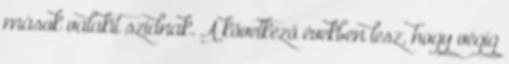
mások valakit szidnak. A következő években lesz, hogy végig